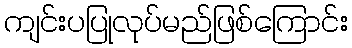
ကျင်းပပြုလုပ်မည်ဖြစ်ကြောင်း